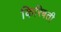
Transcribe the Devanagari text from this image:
किरिबती